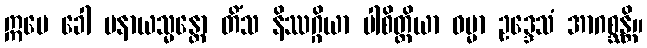
ဣမေ ခေါ ပနာယသ္မန္တော တိံသ နိဿဂ္ဂိယာ ပါစိတ္တိယာ ဓမ္မာ ဥဒ္ဒေသံ အာဂစ္ဆန္တိ။